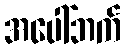
အပေါ်ဘက်